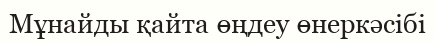
Мұнайды қайта өңдеу өнеркәсібі